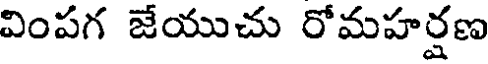
వింపగ జేయుచు రోమహర్షణ